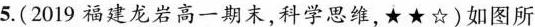
5.(2019福建龙岩高一期末，科学思维，★★☆)如图所